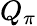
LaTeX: Q_{\pi}